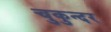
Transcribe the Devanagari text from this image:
चुकुन्दर